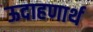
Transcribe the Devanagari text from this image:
ऊदाहणार्थ